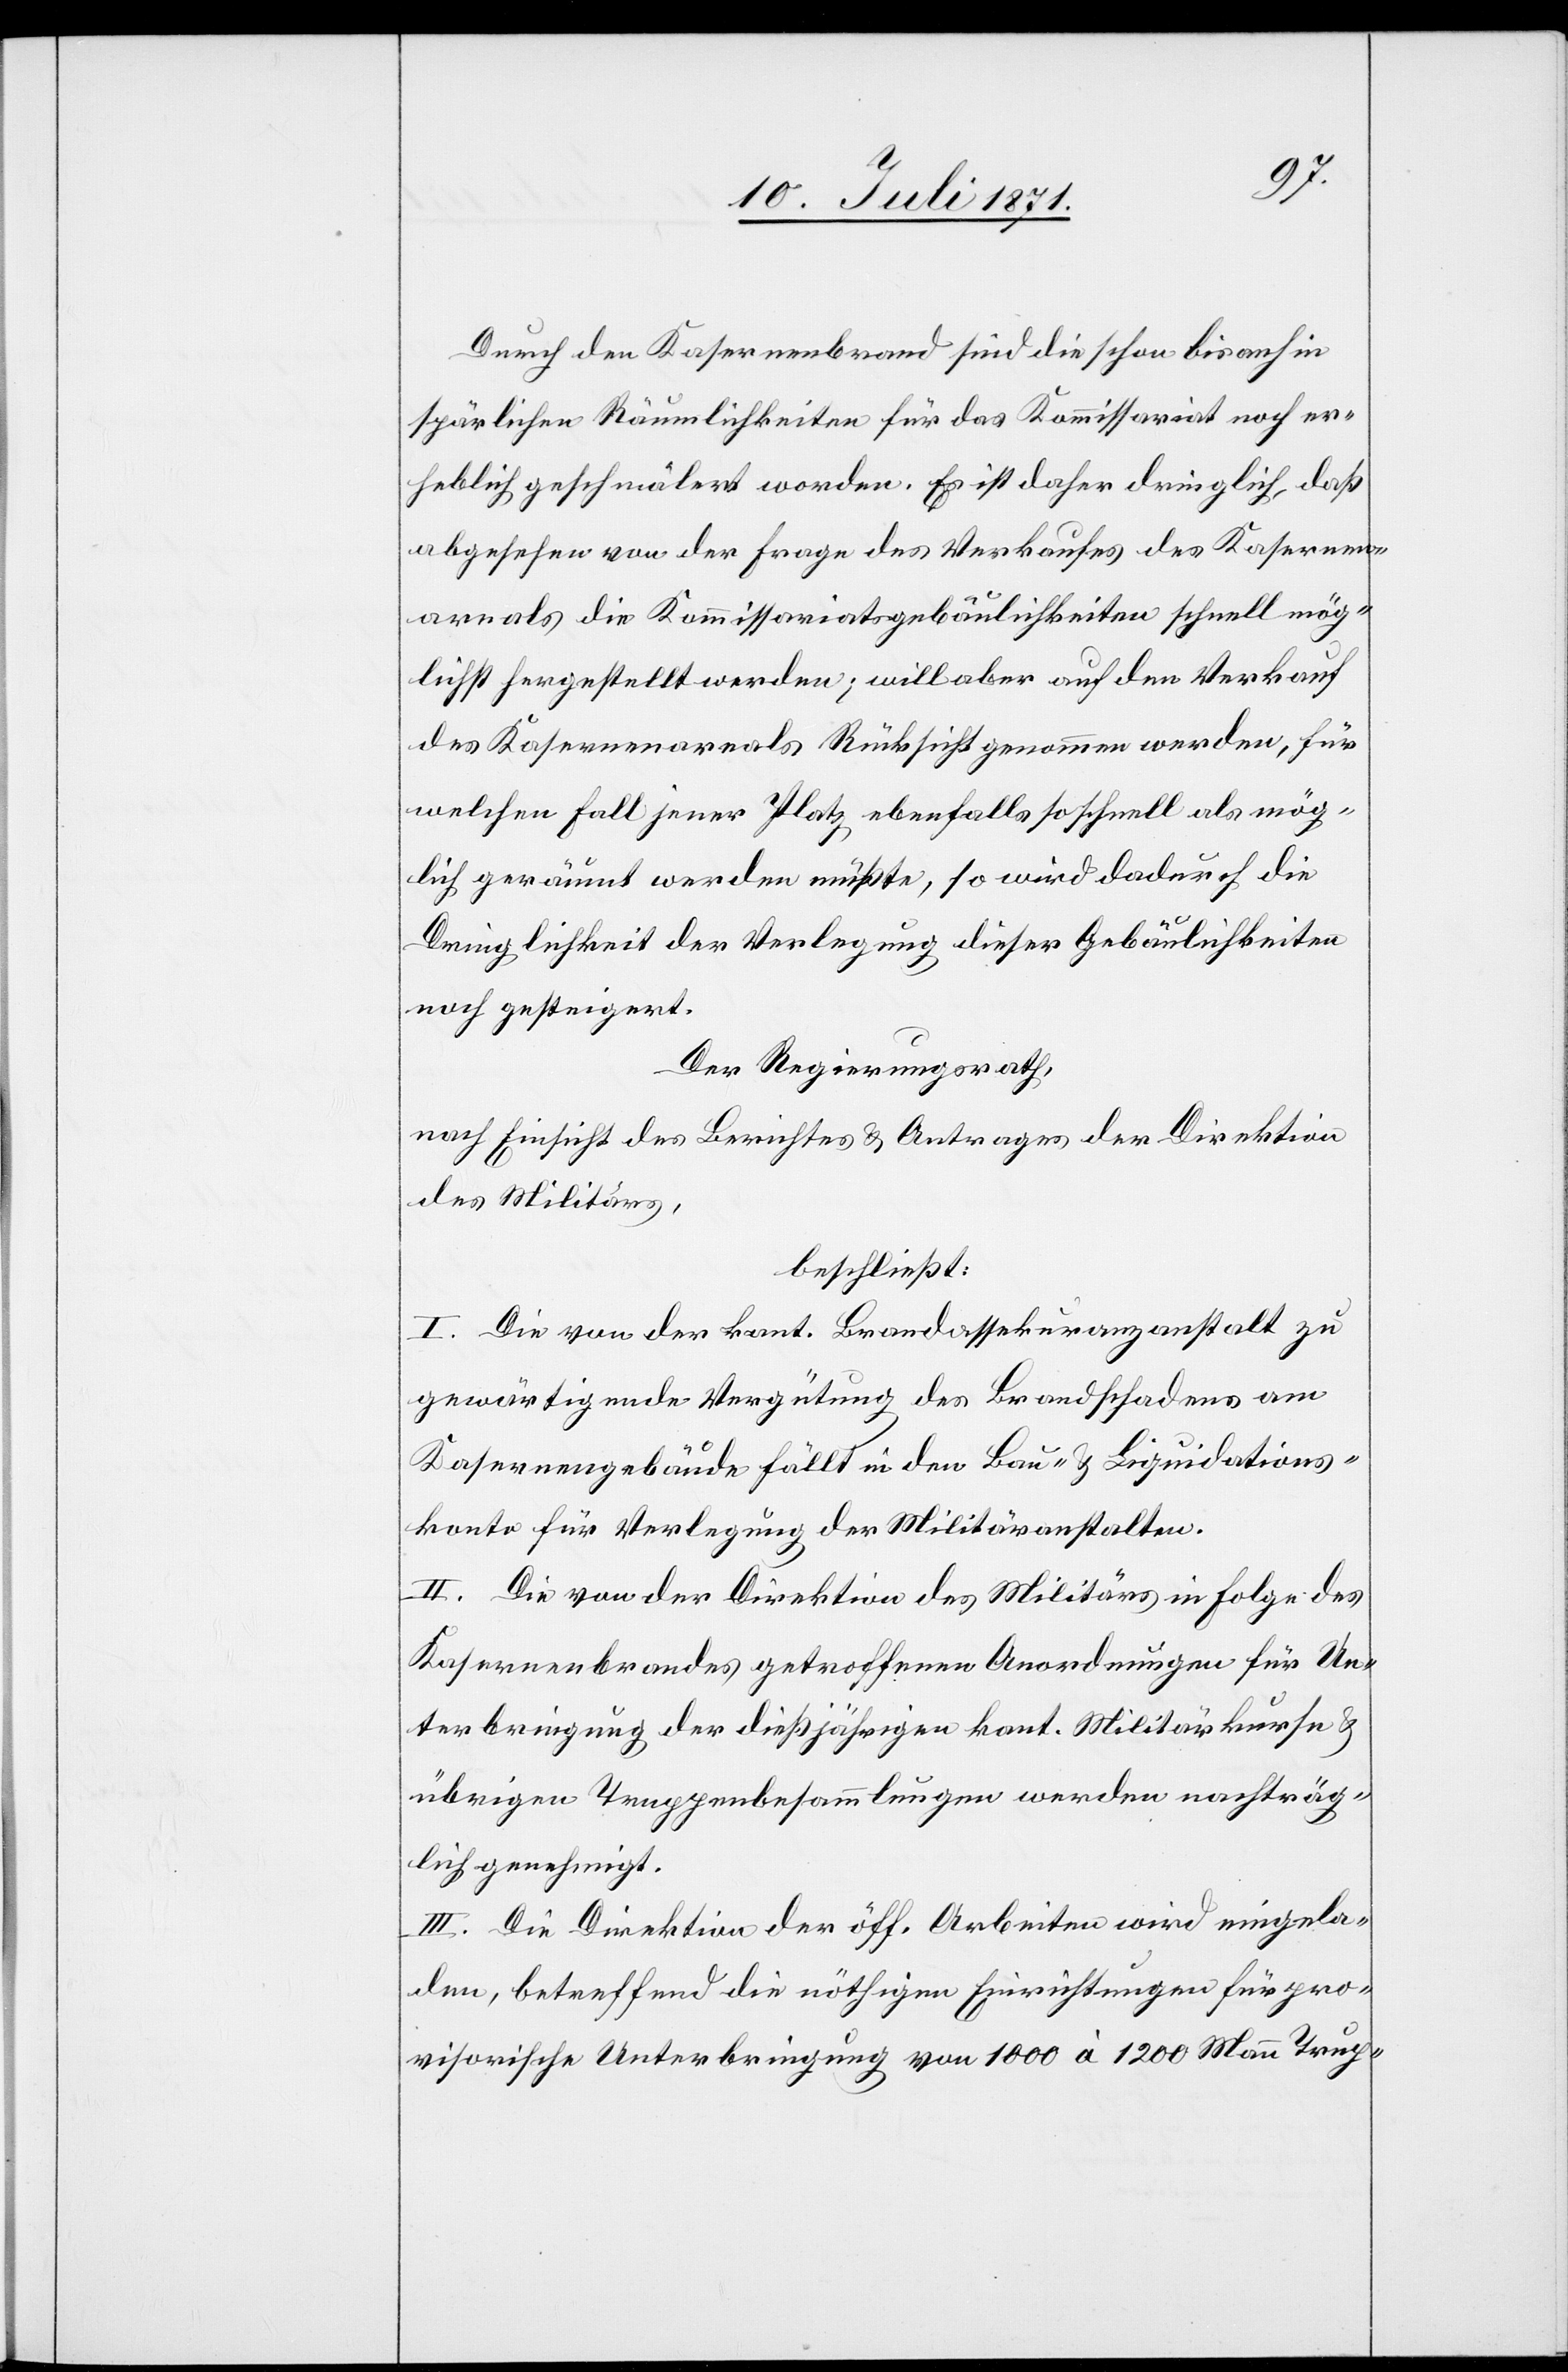
Durch den Kasernenbrand sind die schon bis anhin
spärlichen Räumlichkeiten für das Kommissariat noch er¬
heblich geschmälert worden. Es ist daher dringlich, daß
abgesehen von der Frage des Verkaufes des Kasernen¬
areals die Kommissariatsgebäulichkeiten schnellmög¬
lichst hergestellt werden; will aber auf den Verkauf
des Kasernenareals Rücksicht genommen werden, für
welchen Fall jener Platz ebenfalls schnell als mög¬
lich geräumt werden müßte, so wird dadurch die
Dringlichkeit der Verlegung dieser Gebäulichkeiten
noch gesteigert.
Der Regierungsrath,
nach Einsicht des Berichtes u. Antrages der Direktion
des Militärs,
beschließt:
I. Die von der kant. Brandassekuranzanstalt zu
gewärtigende Vergütung des Brandschadens am
Kasernengebäude fällt in den Bau- u. Liquidations¬
konto für Verlegung der Militäranstalten.
II. Die von der Direktion des Militärs in Folge des
Kasernenbrandes getroffenen Anordnungen für Un¬
terbringung der dießjährigen kant. Militärkurse u.
übrigen Truppenbesammlungen werden nachträg¬
lich genehmigt.
III. Die Direktion der öff. Arbeiten wird eingela¬
den, betreffend die nöthigen Einrichtungen für pro¬
visorische Unterbringung von 1000 à 1200 Mann Trup-